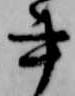
書